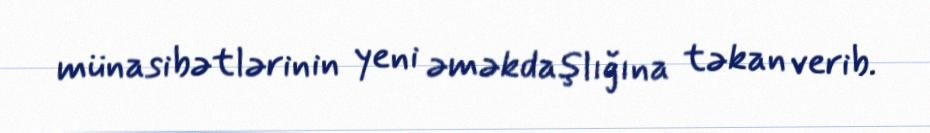
münasibətlərinin yeni əməkdaşlığına təkan verib.